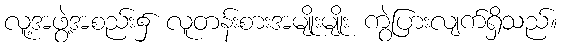
လူ့အဖွဲ့အစည်း၌ လူတန်းစားအမျိုးမျိုး ကွဲပြားလျက်ရှိသည်။